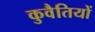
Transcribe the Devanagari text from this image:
कुवैतियों